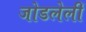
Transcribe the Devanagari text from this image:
जोडलेलीं